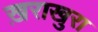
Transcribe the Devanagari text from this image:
ख़राखुरा